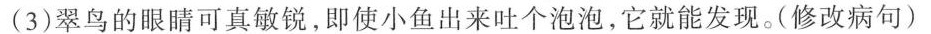
(3)翠鸟的眼睛可真敏锐，即使小鱼出来吐个泡泡，它就能发现。(修改病句)